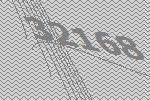
32168